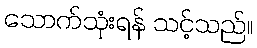
သောက်သုံးရန် သင့်သည်။